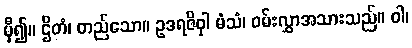
မှီ၍။ ဌိတံ၊ တည်သော။ ဥဒရဇိဝှါ မံသံ၊ ဝမ်းလွှာအသားသည်။ ဝါ၊